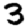
Digit: 3